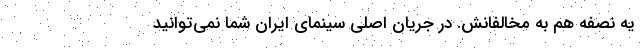
یه نصفه هم به مخالفانش. در جریان اصلی سینمای ایران شما نمی‌توانید